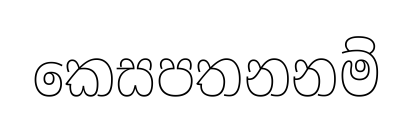
කෙසපතනනම්